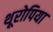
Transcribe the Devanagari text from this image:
थूरोपिया